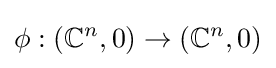
\phi :(\mathbb {C} ^{n},0)\to (\mathbb {C} ^{n},0)